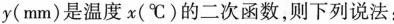
y(mm)是温度x(℃)的二次函数，则下列说法：